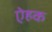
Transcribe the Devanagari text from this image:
ऐहक